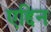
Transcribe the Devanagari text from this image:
एद्दिन